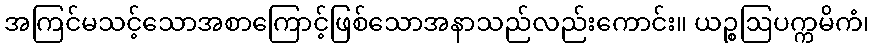
အကြင်မသင့်သောအစာကြောင့်ဖြစ်သောအနာသည်လည်းကောင်း။ ယဉ္စဩပက္ကမိကံ၊